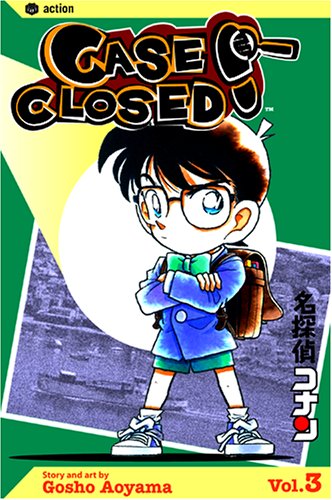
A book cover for Case Closed, Vol. 3; Gosho Aoyama; Comics & Graphic Novels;